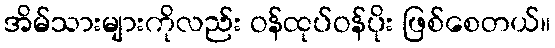
အိမ်သားများကိုလည်း ဝန်ထုပ်ဝန်ပိုး ဖြစ်စေတယ်။